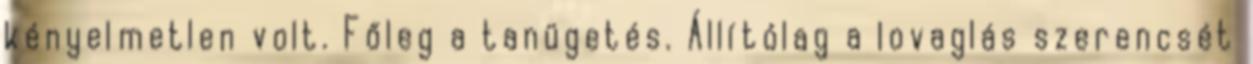
kényelmetlen volt. Főleg a tanügetés. Állítólag a lovaglás szerencsét